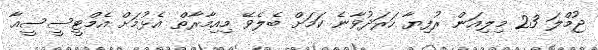
ޖުމްލަ 23 މިލިއަން ރުފިޔާ ހަރަދުވާނެ ކަމަށް ބެލެވޭ މިއިމާރާތް އެޅުމަށް އެމްޓީސީސީއާ